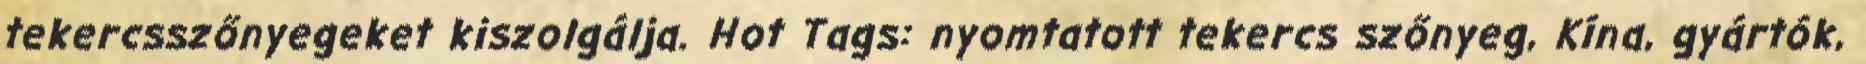
tekercsszőnyegeket kiszolgálja. Hot Tags: nyomtatott tekercs szőnyeg, Kína, gyártók,